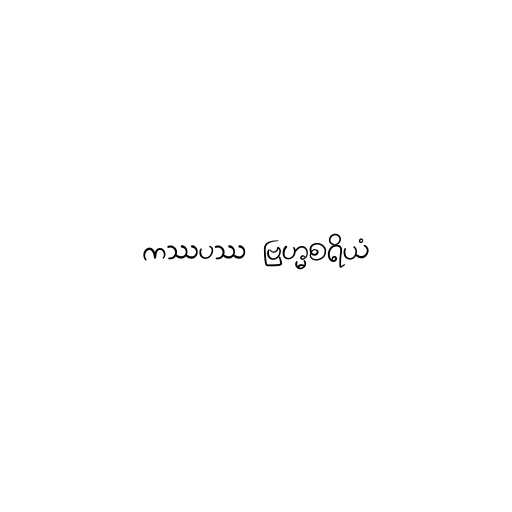
ကဿပဿ ဗြဟ္မစရိယံ